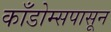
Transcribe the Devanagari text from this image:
काँडोम्सपासून